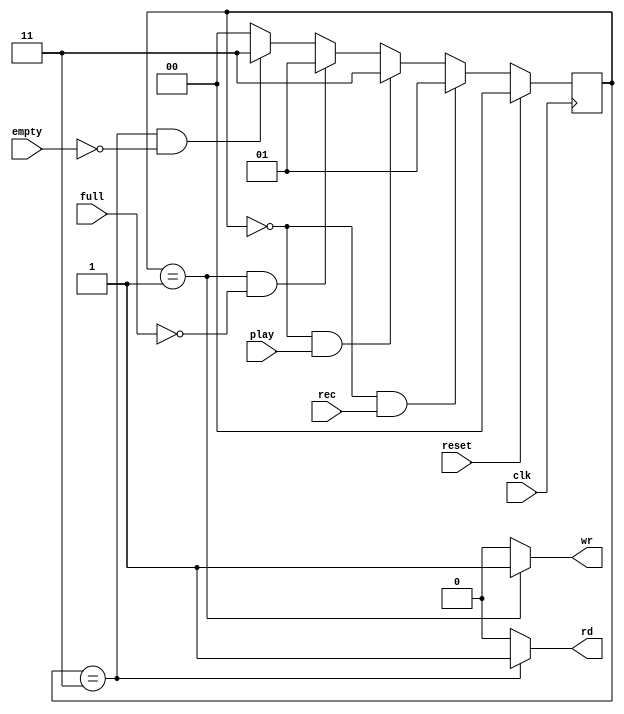
module FSM(reset,clk, full, empty, rec, play, wr, rd);

	input wire reset;
	input wire clk;
	input wire full;
	input wire empty;
	input wire rec;
	input wire play;
	output reg wr;
	output reg rd;

    localparam e_espera = 2'b00;
    localparam e_rec = 2'b01;
    localparam e_play = 2'b11;

    reg [1:0] next_state =  e_espera;
    reg [1:0] state = e_espera;

	always@(reset, full, empty, rec, play, state)
		begin
			if(reset)
				next_state = e_espera;
			    else
				if((state == e_espera) && rec)                
				    next_state = e_rec;
				else
				    if((state == e_espera) && play)
				        next_state = e_play;
				    else
				        if((state == e_rec) && ~full)
				            next_state = e_rec;
				        else
				            if((state == e_play) && ~empty)
												next_state = e_play;
										else
												next_state = e_espera;
		end
    
    always@(posedge clk)
        if(reset)
            state = e_espera;
        else
            state = next_state;

    always@(state)
        case (state)
            e_espera:
                begin
                    wr = 1'b0;
                    rd = 1'b0;
                end
            e_rec:
                begin
                    wr = 1'b1;
                    rd = 1'b0;
                end
            e_play:
                begin
                    wr = 1'b0;
                    rd = 1'b1;
                end
            default:
                begin
                    wr = 1'b0;
                    rd = 1'b0;
                end
		endcase
endmodule